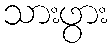
သားဖွား